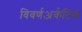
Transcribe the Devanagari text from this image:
विवर्णअर्कटिक